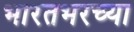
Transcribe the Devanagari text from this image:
भारतभरच्या